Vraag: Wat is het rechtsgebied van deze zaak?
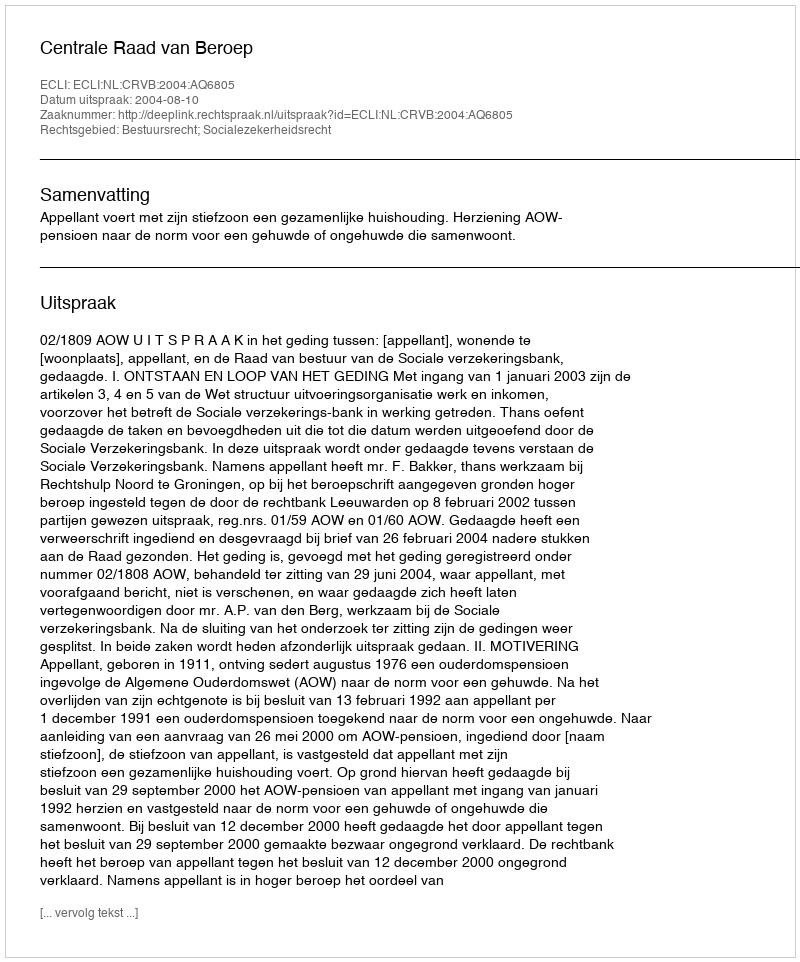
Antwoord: Bestuursrecht; Socialezekerheidsrecht